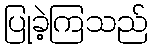
ပြုခဲ့ကြသည်